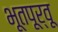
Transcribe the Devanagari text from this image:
भूतपूर्वू